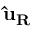
\mathbf { { \hat { u } } _ { R } }